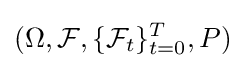
(\Omega ,{\mathcal {F}},\{{\mathcal {F}}_{t}\}_{t=0}^{T},P)